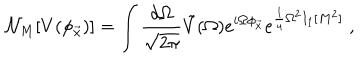
{ \cal N } _ { M } [ V ( \phi _ { \vec { x } } ) ] = \int { \frac { d \Omega } { \sqrt { 2 \pi } } } \tilde { V } ( \Omega ) e ^ { i \Omega \phi _ { \vec { x } } } e ^ { { \frac { 1 } { 4 } } \Omega ^ { 2 } I _ { 1 } [ M ^ { 2 } ] } \; ,